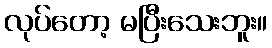
လုပ်တော့ မပြီးသေးဘူး။